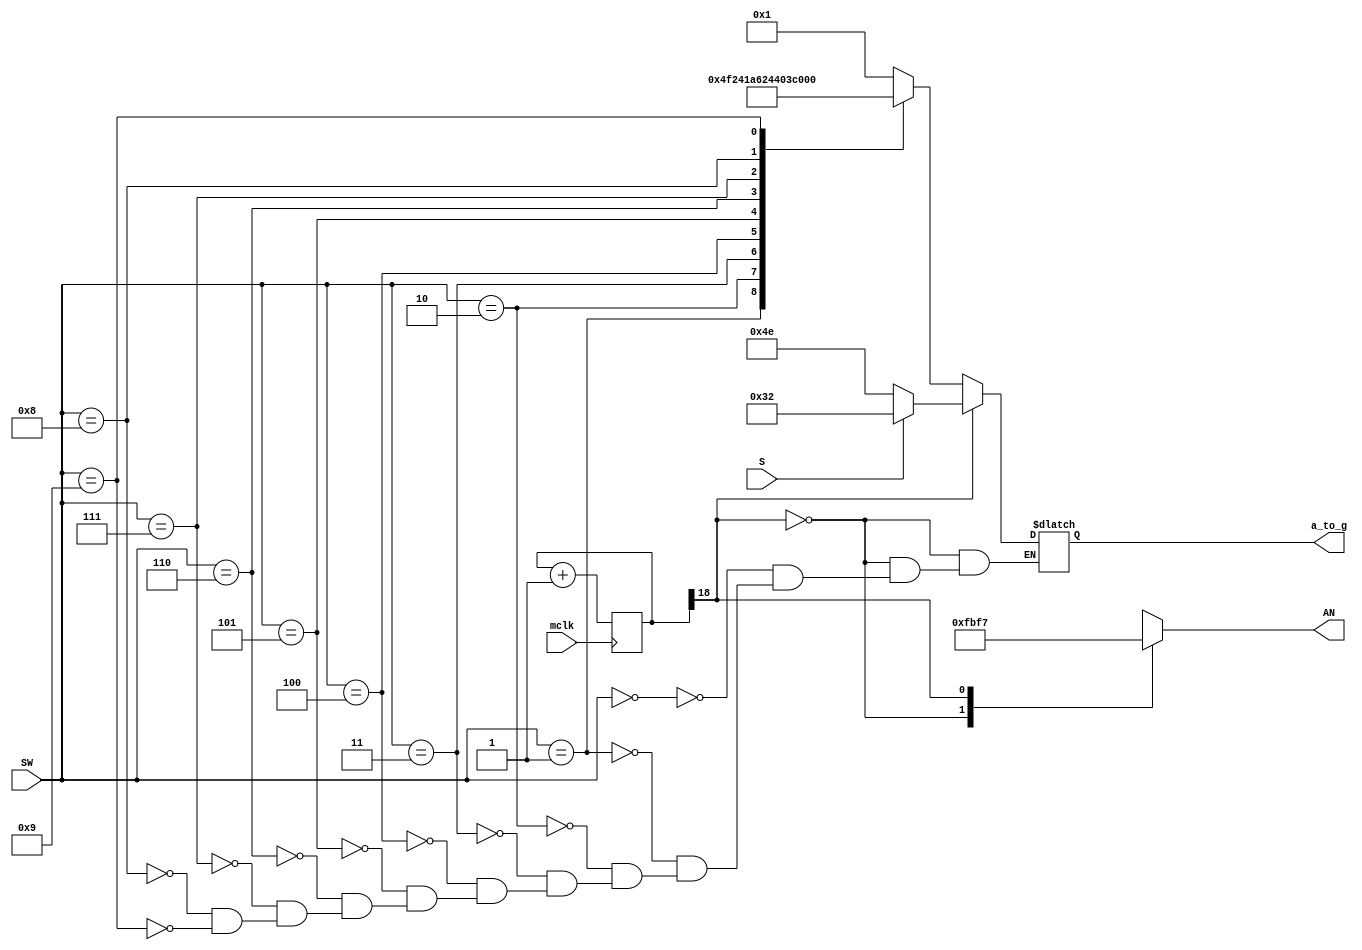
`timescale 1ns / 1ps
//////////////////////////////////////////////////////////////////////////////////
// Company: 
// Engineer: 
// 
// Design Name: 
// Module Name: portA
// Project Name: 
// Target Devices: 
// Tool Versions: 
// Description: 
// 
// Dependencies: 
// 
// Revision:
// Revision 0.01 - File Created
// Additional Comments:
// 
//////////////////////////////////////////////////////////////////////////////////


module portB #(parameter MAX_COUNT = 100_000_000-1) (
            input [3:0] SW,
            input S,
            input mclk,
            output reg [6:0] a_to_g,
            output reg [7:0] AN
            );

            reg [19:0] blink_refresh;
            wire sseg_activate;




    always @ (posedge mclk)
        begin
                blink_refresh <= blink_refresh + 1'b1;
        end
        
        assign sseg_activate = blink_refresh[19:18];



    always @(*)
        begin
                case(sseg_activate)
                    0:
                        begin
                        AN = 8'b11111011;
                            case(SW)
                            4'd0: a_to_g = 7'b0000001;
                            4'd1: a_to_g = 7'b1001111;
                            4'd2: a_to_g = 7'b0010010;
                            4'd3: a_to_g = 7'b0000110;
                            4'd4: a_to_g = 7'b1001100;
                            4'd5: a_to_g = 7'b0100100;
                            4'd6: a_to_g = 7'b0100000;
                            4'd7: a_to_g = 7'b0001111;
                            4'd8: a_to_g = 7'b0000000;
                            4'd9: a_to_g = 7'b0000100;
                            endcase
                        end
                    1:
                        begin
                            AN = 8'b11110111;
                        case(S)
                            0: a_to_g = 7'b1001110;
                            1: a_to_g = 7'b0110010;
                        endcase
                        end
                endcase

        end

                

endmodule